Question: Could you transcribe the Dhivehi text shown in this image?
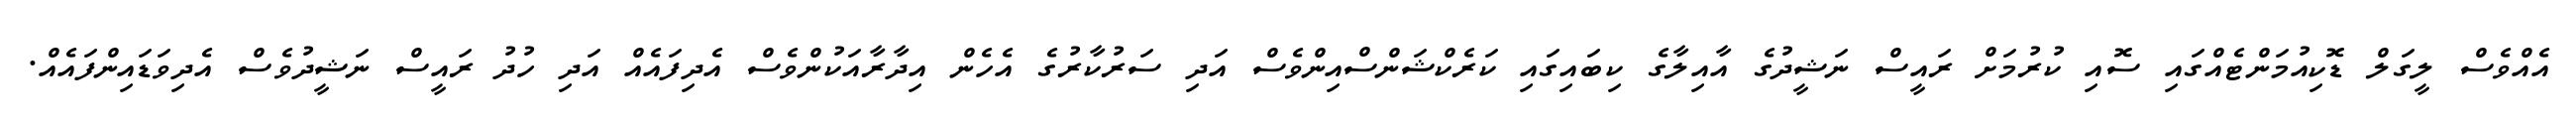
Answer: އެއްވެސް ލީގަލް ޑޮކިއުމަންޓެއްގައި ސޮއި ކުރުމަށް ރައީސް ނަޝީދުގެ އާއިލާގެ ކިބައިގައި ކަރެކްޝަންސްއިންވެސް އަދި ސަރުކާރުގެ އެހެން އިދާރާއަކުންވެސް އެދިފައެއް އަދި ހުދު ރައީސް ނަޝީދުވެސް އެދިވަޑައިންފައެއް.